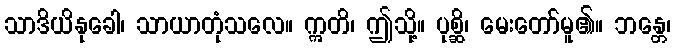
သာဒိယိနုခေါ၊ သာယာတုံသလေ။ ဣတိ၊ ဤသို့။ ပုစ္ဆိ၊ မေးတော်မူ၏။ ဘန္တေ၊